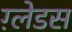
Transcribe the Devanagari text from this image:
ग़्लेडस